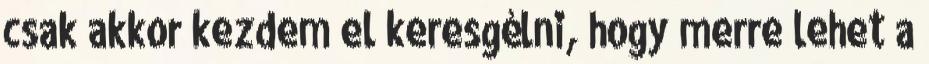
csak akkor kezdem el keresgélni, hogy merre lehet a